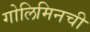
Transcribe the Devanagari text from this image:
गोलिमिनची